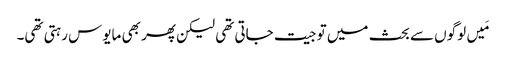
‏ مَیں لوگوں سے بحث میں تو جیت جاتی تھی لیکن پھر بھی مایوس رہتی تھی۔